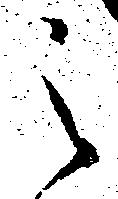
之